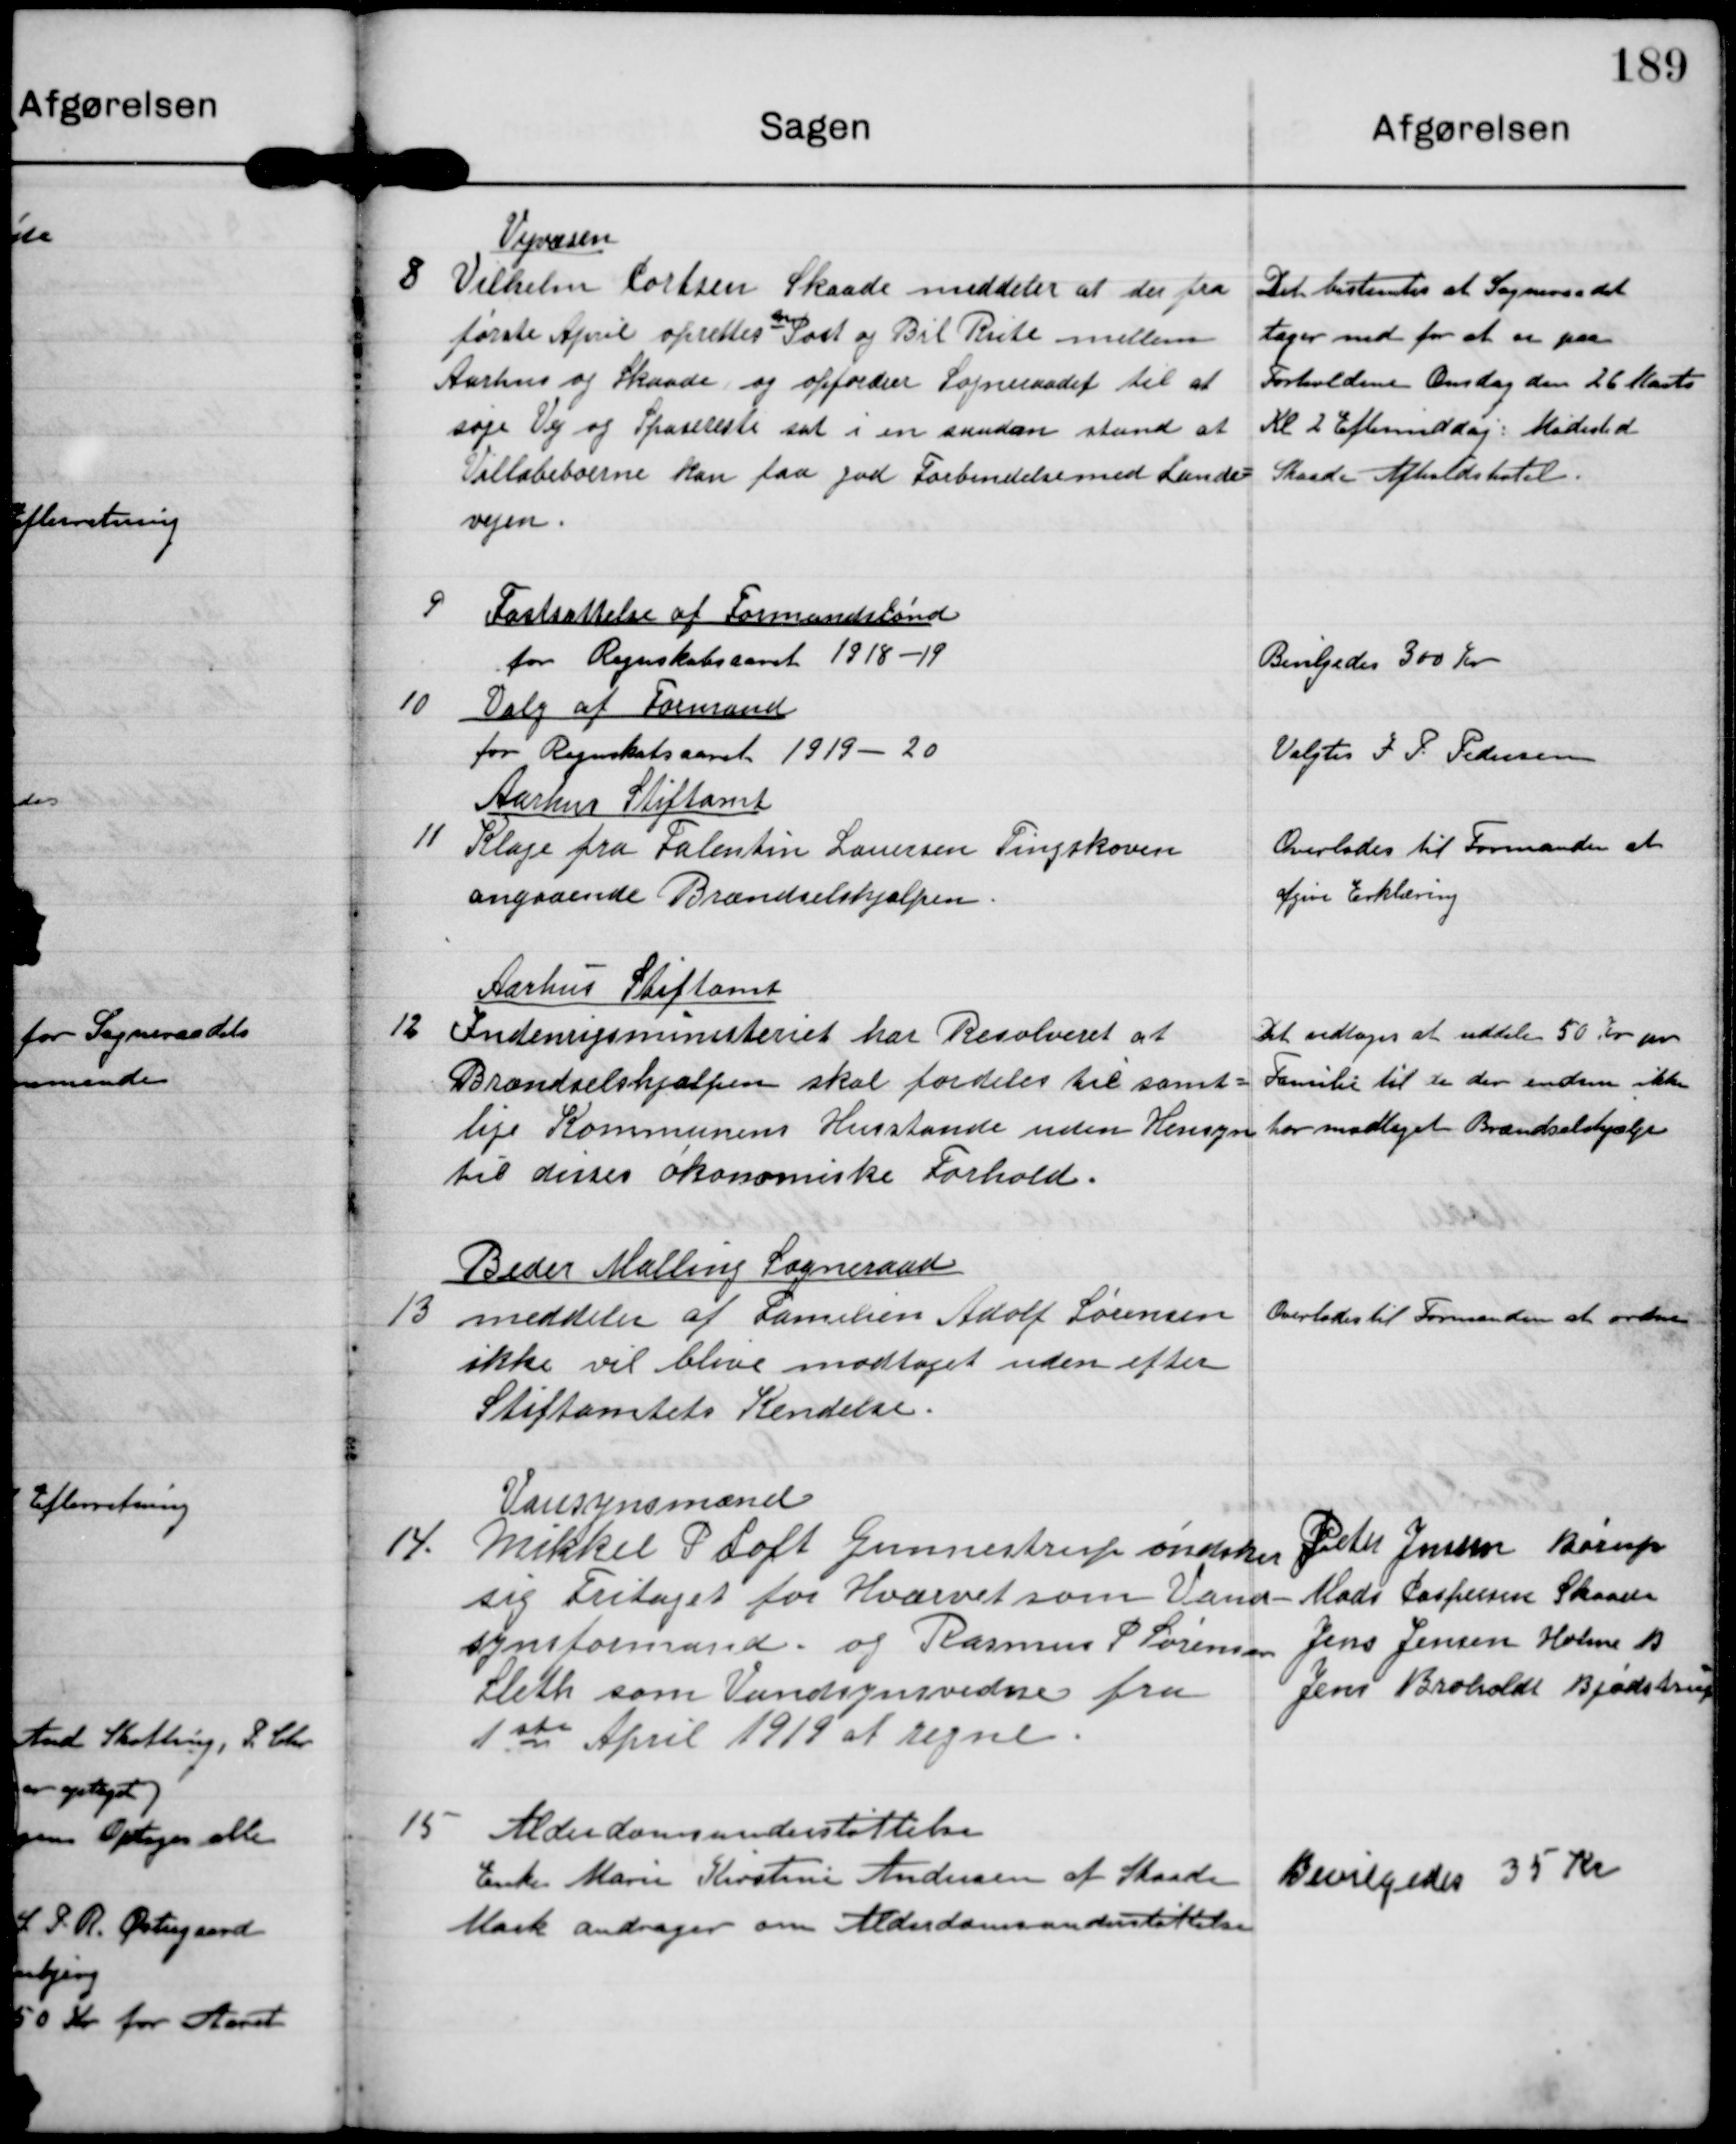
Transskription:
8

Vejvæsen
Vilhelm Cortsen Skaade meddeler at der fra
første April oprettes en Post og Bil Rute mellem
Aarhus og Skaade og opfordrer Sogneraadet til at
søge Vej og Spaseresti sat i en saadan stand at
Villabeboerne kan faa god Forbindelse med Lande-
vejen.

Det bestemtes at Sogneraadet
tager ned for at se paa
Forholdene Onsdag den 26 Marts
Kl. 2 Eftermiddag Mødested
Skaade Afholdshotel

9

Fastsættelse af Formandslønd
for Regnskabsaaret 1918-19

Bevilgedes 300 Kr

10

Valg af Formand
for Regnskabsaaret 1919-20

Valgtes J P Pedersen

11

Aarhus Stiftamt
Klage fra Falentin Lauersen Tingskoven
angaaende Brændselshjælpen

Overlodes til Formanden at
afgive Erklæring

12

Aarhus Stiftamt
Indenrigsministeriet har Resolveret at
Brændselshjælpen skal fordeles til samt-
lige Kommunens Husstande uden Hensyn
til disses økonomiske Forhold.

Det vedtoges at uddele 50 Kr pr
Familie til de der endnu ikke
har modtaget Brændselshjælp

13

Beder Malling Sogneraad
meddeler at Familien Adolf Sørensen
ikke vil blive modtaget uden efter
Stiftamtets Kendelse

Overlodes til Formanden at ordne

14

Vansynsmænd
Mikkel P Loft Gunnestrup ønskede
sig Fritaget for Hværvet som Vand-
synsformand og Rasmus P. Sørensen
Sleth som Vandsynsvidne fra
1ste April 1919 at regne.

Peter Jensen Børup
Mads Caspersen Skaade
Jens Jensen Holme B.
Jens Broholdt Bjødstrup

15

Alderdomsunderstøttelse
Enke Marie Kirstine Andersen af Skaade
Mark andrager om Alderdomsunderstøttelse

Bevilgedes 35 Kr.